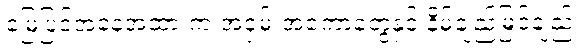
မြေပြင်အနေအထားက အဝှမ်းအကောတွေနှင့် နိမ့်ချည်မြင့်ချည်။